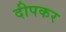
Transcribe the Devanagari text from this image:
दीपकर